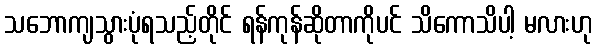
သဘောကျသွားပုံရသည့်တိုင် ရန်ကုန်ဆိုတာကိုပင် သိကောသိပါ့ မလားဟု